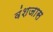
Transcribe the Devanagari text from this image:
वंशजास